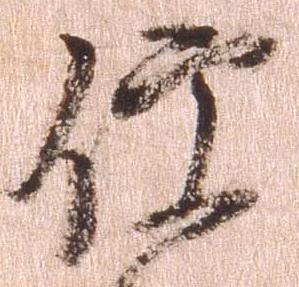
便